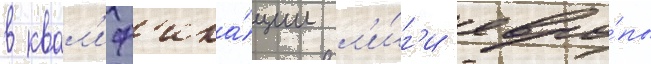
в квал'иф'ика́ции л'и́г'и евро́пы